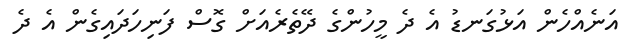
އަނެއްހެން އަޅުގަނޑު އެ ދެ މީހުންގެ ދޭތެރެއަށް ގޮސް ފަނިހަދައިގެން އެ ދެ